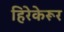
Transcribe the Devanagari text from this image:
हिरेकेरूर